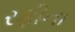
રફીના